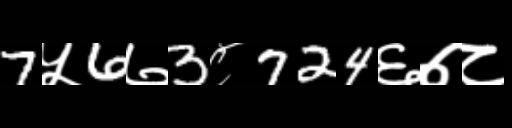
Text: 7५6७3८724६७८